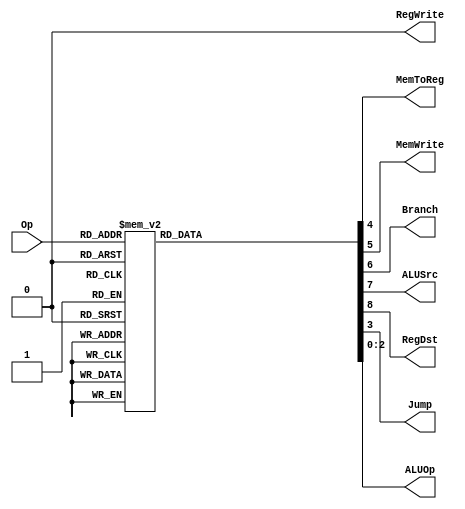
module MainDec(
    input [5:0] Op,
    output MemToReg, MemWrite,
    output Branch, ALUSrc,
    output RegDst, RegWrite,
    output Jump,
    output [2:0] ALUOp);
    
    reg [8:0] Controls;
    
    assign {RegWrite, RegDst, ALUSrc, Branch, MemWrite, MemToReg, Jump, ALUOp} = Controls;
    always@(*)
        case(Op)
            6'b000000: Controls <= 9'b1100000100;//register-type 
            6'b001000: Controls <= 9'b1010000000;//addi
            6'b001001: Controls <= 9'b1010000000;//addiu
            6'b001100: Controls <= 9'b1010000001;//andi
            6'b001101: Controls <= 9'b1010000111;//ori
            6'b100000: Controls <= 9'b1010010000;//lb
            6'b100001: Controls <= 9'b1010010000;//lbu
            6'b100001: Controls <= 9'b1010010000;//lh
            6'b100101: Controls <= 9'b1010010000;//lhu
            6'b100011: Controls <= 9'b1010010000;//lw
            6'b101011: Controls <= 9'b0010100000;//sw
            6'b000100: Controls <= 9'b0001000010;//beq
            6'b000101: Controls <= 9'b0001000010;//bne
            6'b001110: Controls <= 9'b1010000110;//xori
            6'b001111: Controls <= 9'b1010000011;//liu
            6'b001010: Controls <= 9'b1010000011;//slti
            6'b001011: Controls <= 9'b1010000011;//sltiu
            6'b000010: Controls <= 9'b0000001000;//j
            6'b000011: Controls <= 9'b0000001000;//jal
            6'b101000: Controls <= 9'b0110101000;//sb
            6'b101001: Controls <= 9'b0110101000;//sh
            default:   Controls <= 9'bxxxxxxxxx;//illegal Op
        endcase 
endmodule